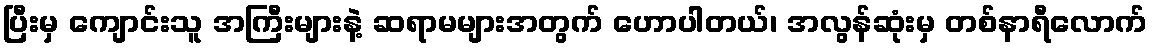
ပြီးမှ ကျောင်းသူ အကြီးများနဲ့ ဆရာမများအတွက် ဟောပါတယ်၊ အလွန်ဆုံးမှ တစ်နာရီလောက်